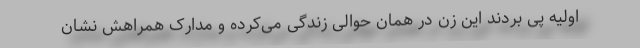
اولیه پی بردند این زن در همان حوالی زندگی می‌کرده و مدارک همراهش نشان